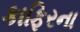
કાફિરના